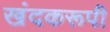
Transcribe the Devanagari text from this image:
खंदकरूपी